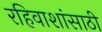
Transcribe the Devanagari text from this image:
रहिवाशांसाठी